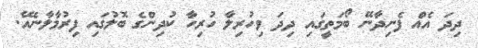
ދިދަ އެއް ފެނިދާނޭ ބޯމަތީގައި ދިދަ ވިހުރިލާ ހުރިހާ ކުދިންގެ ބޮލުގައި ފިރުމާލާނެއޭ.